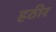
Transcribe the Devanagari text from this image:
हठीर